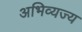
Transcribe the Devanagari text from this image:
अभिव्यज्य